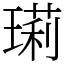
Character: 㻳